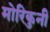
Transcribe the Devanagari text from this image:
मोरिकुनी